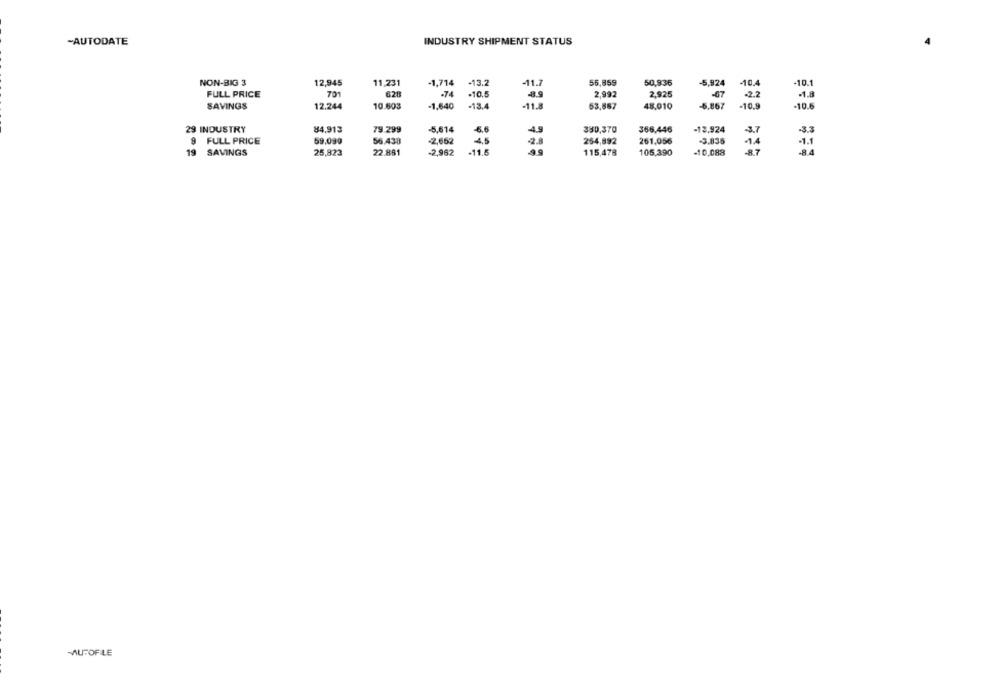
-AUTODATE
INDUSTRY SHIPMENT STATUS
NON-BIG 3
12,945
11,231
-1,714
-13.2
-11.7
55,859
50,936
-5,924
-10.4
-10.1
FULL PRICE
701
628
-74
-10.5
2,992
2.925
-67
-2.2
-1.8
SAVINGS
12.244
10.603
-1,640
-13.4
-11.8
53,567
48,010
-6,867
-10.9
-10.6
29 INDUSTRY
84,913
79.299
-5,614
4.5
330,370
366,446
-13,924
3.7
-3.3
6.6
4.5
9
FULL PRICE
59,090
56.438
-2,662
-2.8
254,892
261,056
-3.836
-14
-1.1
19
22.881
-2,962
-11.5
105,390
-10,088
-87
-84
SAVINGS
25,823
115,478
MUFOFLE